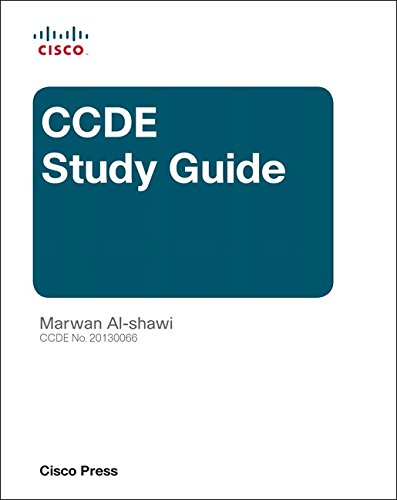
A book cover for CCDE Study Guide (Quick Reference); Marwan Al-shawi; Computers & Technology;